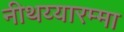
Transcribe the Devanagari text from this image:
नीथय्यारम्मा